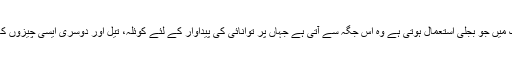
پاکستان کے بیشتر افراد اس بات سے آگاہ نہیں ہیں کہ ملک میں جو بجلی استعمال ہوتی ہے وہ اُس جگہ سے آتی ہے جہاں پر توانائی کی پیداوار کے لئے کوئلہ، تیل اور دوسری ایسی چیزوں کا استعمال کیا جاتا ہے، جس سے ہوا، پانی آلودہ ہوتے ہیں ۔